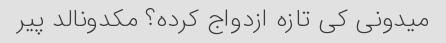
میدونی کی تازه ازدواج کرده؟ مکدونالد پیر